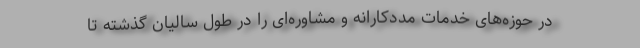
در حوزه‌های خدمات مددکارانه و مشاوره‌ای را در طول سالیان گذشته تا